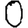
Digit: 0